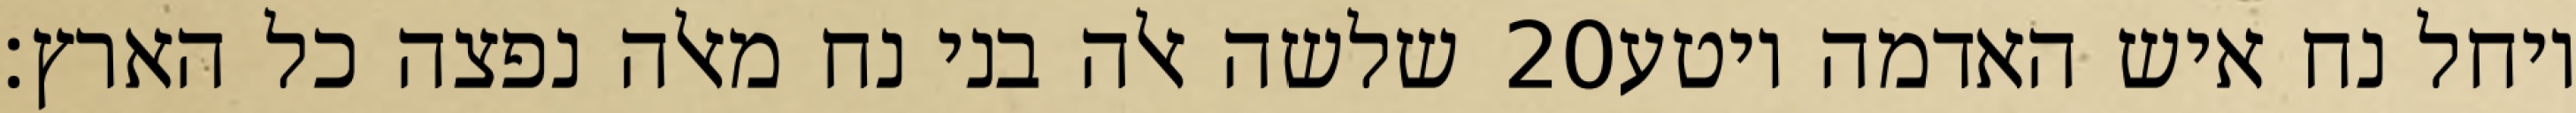
שלשה אלה בני נח מאלה נפצה כל הארץ׃ ‎20‏ ויחל נח איש האדמה ויטע